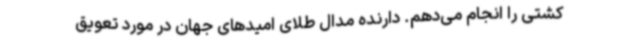
کشتی را انجام می‌دهم. دارنده مدال طلای امیدهای جهان در مورد تعویق